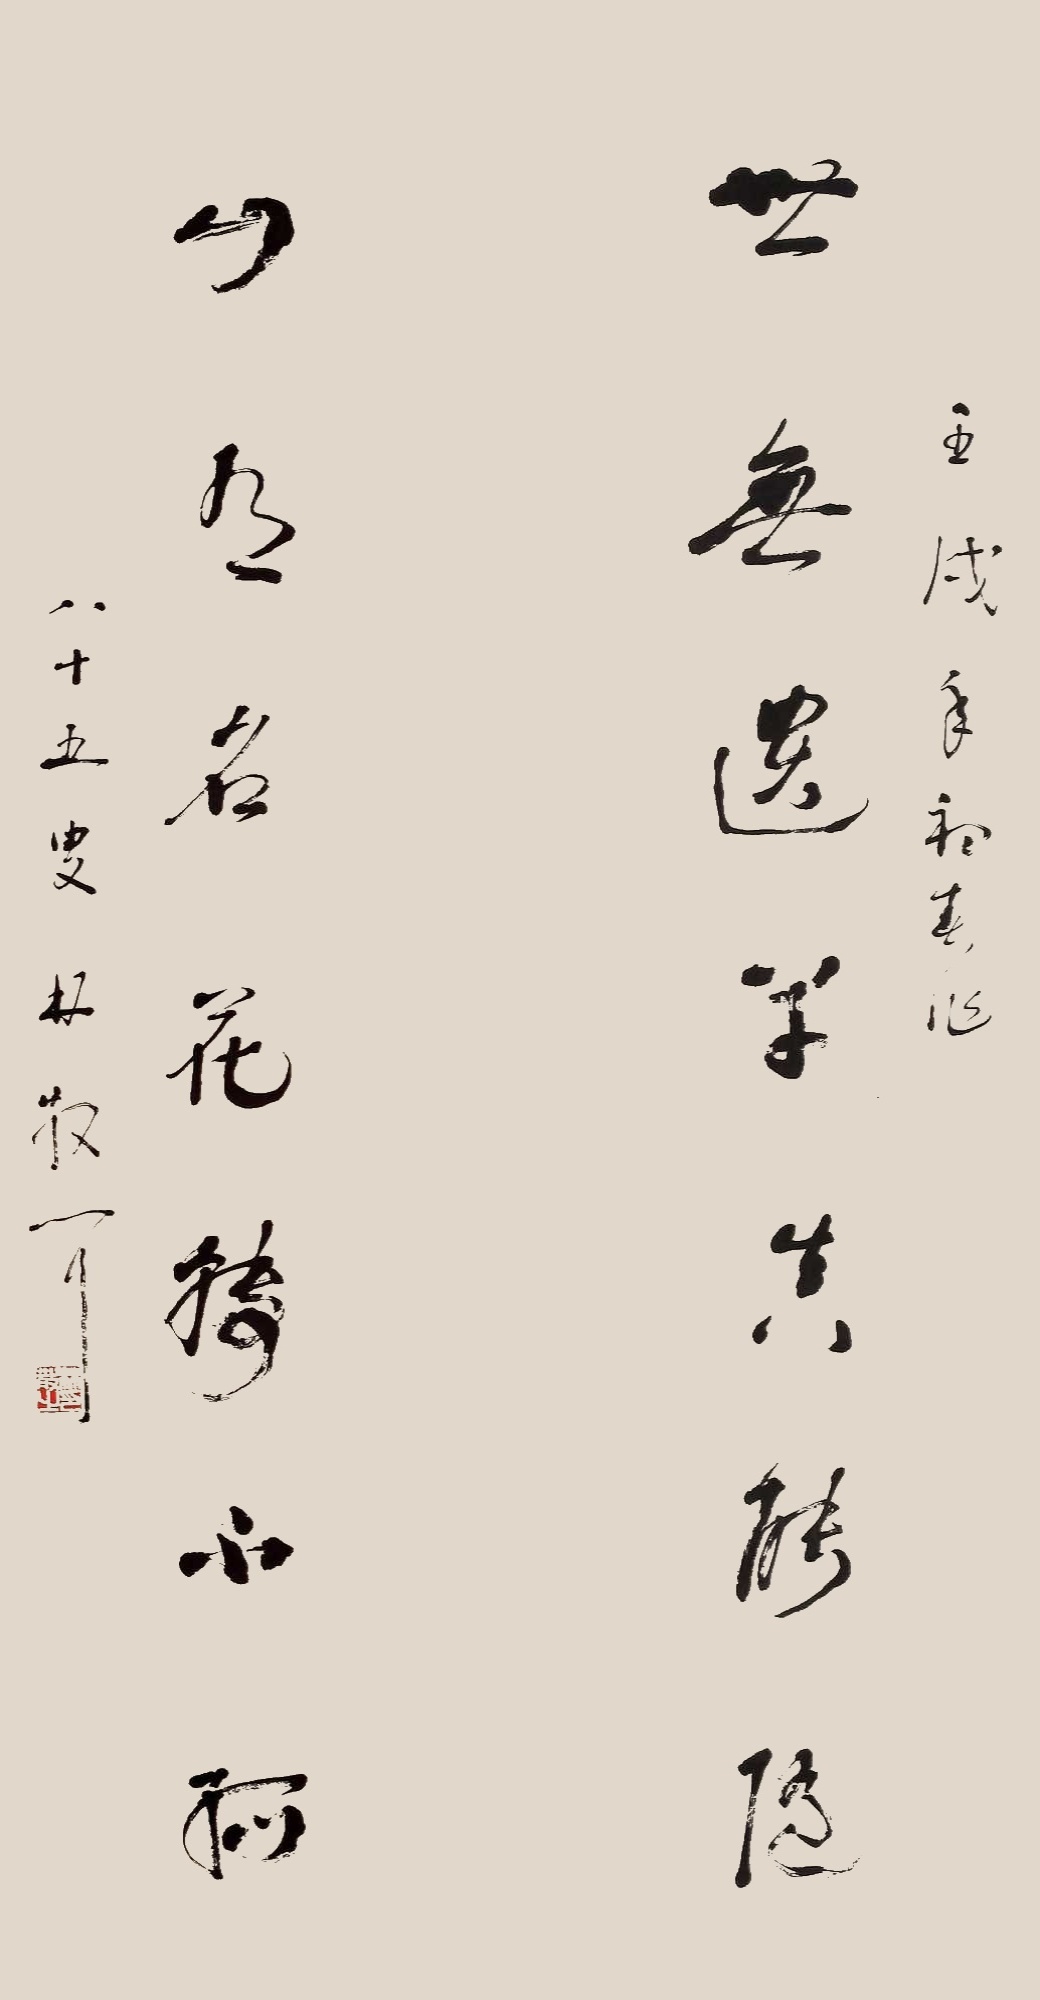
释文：世无遗草真能隐,山有名花转不孤。壬戌年初春作，八十五叟林散之。